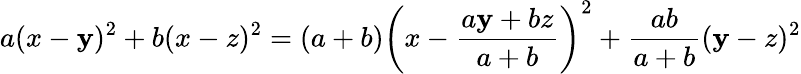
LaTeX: a(x-\mathbf{y})^{2}+b(x-z)^{2}=(a+b)\left(x-{\frac{{a\mathbf{y}+bz}}{{a+b}}}\right)^{2}+{\frac{{ab}}{{a+b}}}(\mathbf{y}-z)^{2}